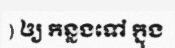
) ឲ្យ កន្លងទៅ ក្នុង